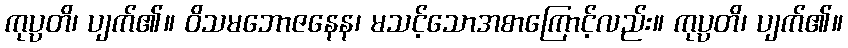
ကုပ္ပတိ၊ ပျက်၏။ ဝိသမဘောဇနေန၊ မသင့်သောအစာကြောင့်လည်း။ ကုပ္ပတိ၊ ပျက်၏။